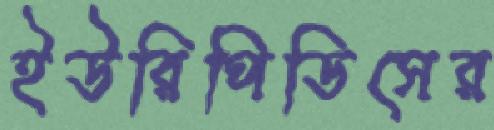
ইউরিপিডিসের